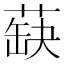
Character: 蒛